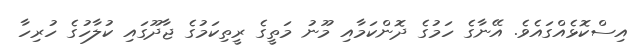
އިސްކޮޅެއްގައެވެ. އޭނާގެ ހަމުގެ ދޮންކަމާއި މޫނު މަތީގެ ރީތިކަމުގެ ޖާދޫގައި ކުލާހުގެ ހުރިހާ